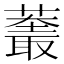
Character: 𱾬